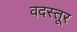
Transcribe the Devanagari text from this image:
वदस्तूर